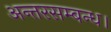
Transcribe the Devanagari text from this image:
अन्तरसम्बन्ध।